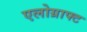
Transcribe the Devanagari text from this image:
एलोग्राफ्ट